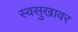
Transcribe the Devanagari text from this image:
स्वसुखावर